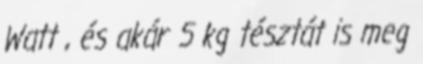
Watt , és akár 5 kg tésztát is meg